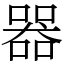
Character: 器